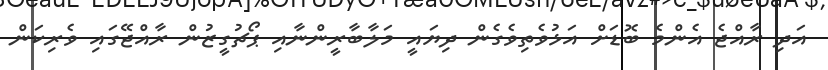
އަދި ރާއްޖެ އެންމެ ބޮޑަށް އަޅުވެތިވެގެން ދިޔައީ މަލާބާރީންނާއި ޕޯޗުގީޒުން ރާއްޖޭގައި ވެރިކަން